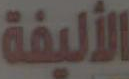
الأليفة